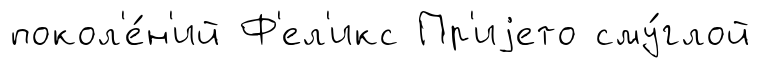
покол'е́н'ий Ф'ел'икс Пр'иjето сму́глой